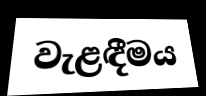
වැළඳීමය